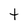
Character: t